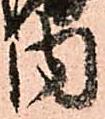
内